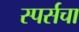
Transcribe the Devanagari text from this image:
स्पर्सचा